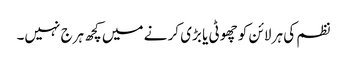
نظم کی ہر لائن کو چھوٹی یا بڑی کر نے میں کچھ ہرج نہیں۔